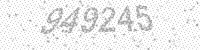
Solution: 949245